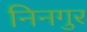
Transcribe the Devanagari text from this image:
निनगुर